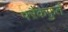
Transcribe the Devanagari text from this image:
फ्ऱैंकफ़ुर्त